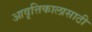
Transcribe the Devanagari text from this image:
आवृत्तिकालासाठी